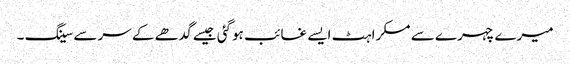
میرے چہرے سے مسکراہٹ ایسے غائب ہوگئی جیسے گدھے کے سرسے سینگ ۔